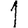
Digit: 1